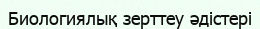
Биологиялық зерттеу әдістері